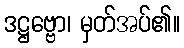
ဒဋ္ဌဗ္ဗော၊ မှတ်အပ်၏။